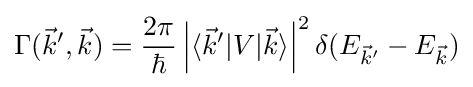
\Gamma ({\vec {k}}',{\vec {k}})={\frac {2\pi }{\hbar }}\left\vert \langle {\vec {k}}'|V|{\vec {k}}\rangle \right\vert ^{2}\delta (E_{{\vec {k}}'}-E_{\vec {k}})